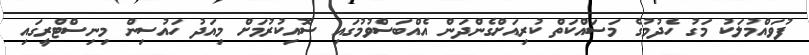
ފުވައްމުލަކު މަގު ހެދުމުގެ މަސައްކަތް ކުރިއަށްގެންދަން އެއްބަސްވުމުގައި ސޮއިކުރުމަށް މިއަދު ހައުސިން މިނިސްޓްރީގައި